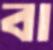
বা